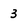
Character: 3